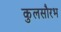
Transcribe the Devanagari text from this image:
कुलसौरभ